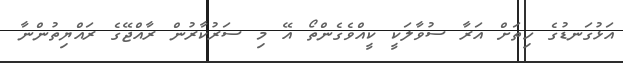
އަޅުގަނޑުގެ ހިތަށް އަރާ ސުވާލަކީ ކީއްވެގެންތޯ އޭ މި ސަރުކާރުން ރާއްޖޭގެ ރައްޔިތުންނާ